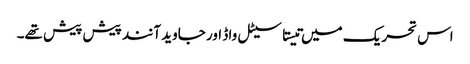
اس تحریک میں تیستا سیٹل واڈ اور جاوید آنند پیش پیش تھے۔